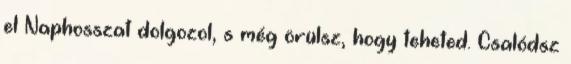
el Naphosszat dolgozol, s még örülsz, hogy teheted. Csalódsz